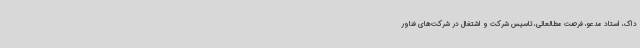
داک، استاد مدعو، فرصت مطالعاتی، تاسیس شرکت و اشتغال در شرکت‌های فناور